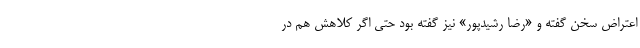
اعتراض سخن گفته و «رضا رشیدپور» نیز گفته بود حتی اگر کلاهش هم در